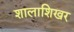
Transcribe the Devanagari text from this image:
शालाशिखर